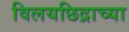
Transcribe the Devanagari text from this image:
विलयछिद्राच्या